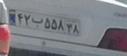
۴۲ب۵۵۸۳۸